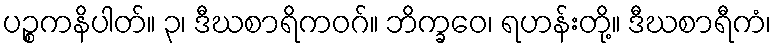
ပဉ္စကနိပါတ်။ ၃၊ ဒီဃစာရိကဝဂ်။ ဘိက္ခဝေ၊ ရဟန်းတို့။ ဒီဃစာရီကံ၊